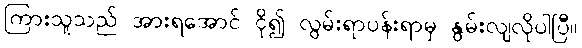
ကြားသူသည် အားရအောင် ငို၍ လွမ်းရာပန်းရာမှ နွမ်းလျလိုပါပြီ။